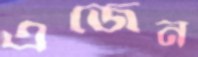
এজেন